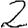
Digit: 2